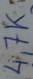
Text: 4,7K